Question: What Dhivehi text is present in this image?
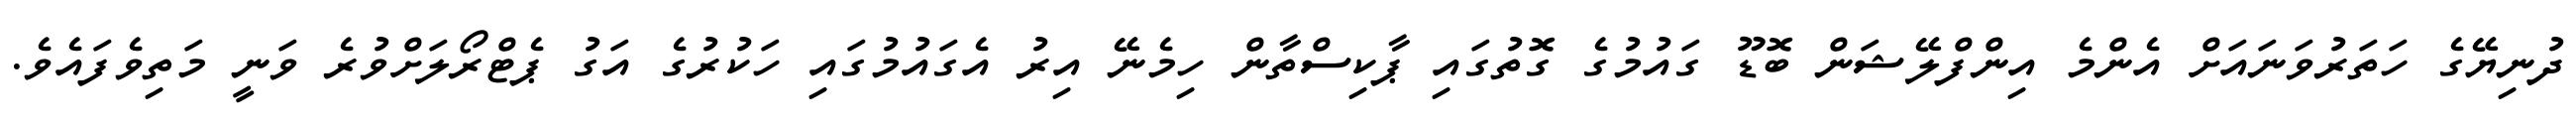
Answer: ދުނިޔޭގެ ހަތަރުވަނައަށް އެންމެ އިންފްލޭޝަން ބޮޑޫ ގައުމުގެ ގޮތުގައި ޕާކިސްތާން ހިމެނޭ އިރު އެގައުމުގައި ހަކުރުގެ އަގު ޕެޓްރޯލަށްވުރެ ވަނީ މަތިވެފައެވެ.